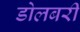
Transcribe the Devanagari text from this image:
डोलबरी